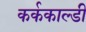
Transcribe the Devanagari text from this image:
कर्ककाल्डी